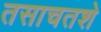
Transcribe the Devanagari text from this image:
तसाचतशे